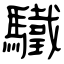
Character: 驖